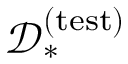
\mathcal { D } _ { * } ^ { ( \mathrm { t e s t } ) }